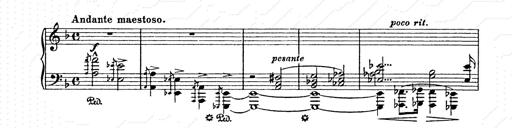
Title: AnnÃ©es de pÃ¨lerinage II
Composer: Franz Liszt